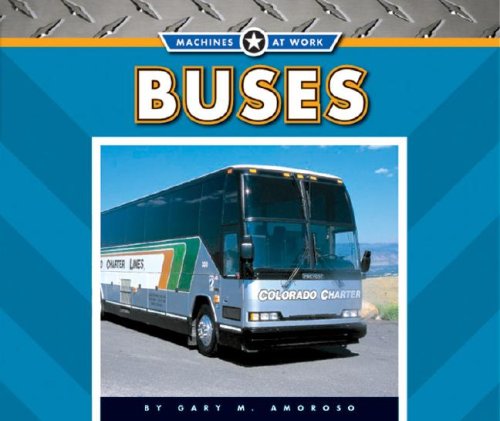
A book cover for Buses (Machines at Work; Transportation Machines); Gary M. Amoroso; Children's Books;